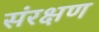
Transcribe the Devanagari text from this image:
संरक्षण